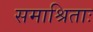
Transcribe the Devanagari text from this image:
समाश्रिताः